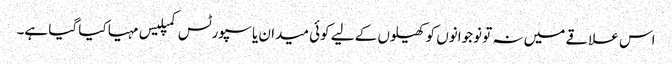
اس علاقے میں نہ تو نوجوانوں کو کھیلوں کے لیے کوئی میدان یا سپورٹس کمپلیس مہیا کیا گیا ہے۔